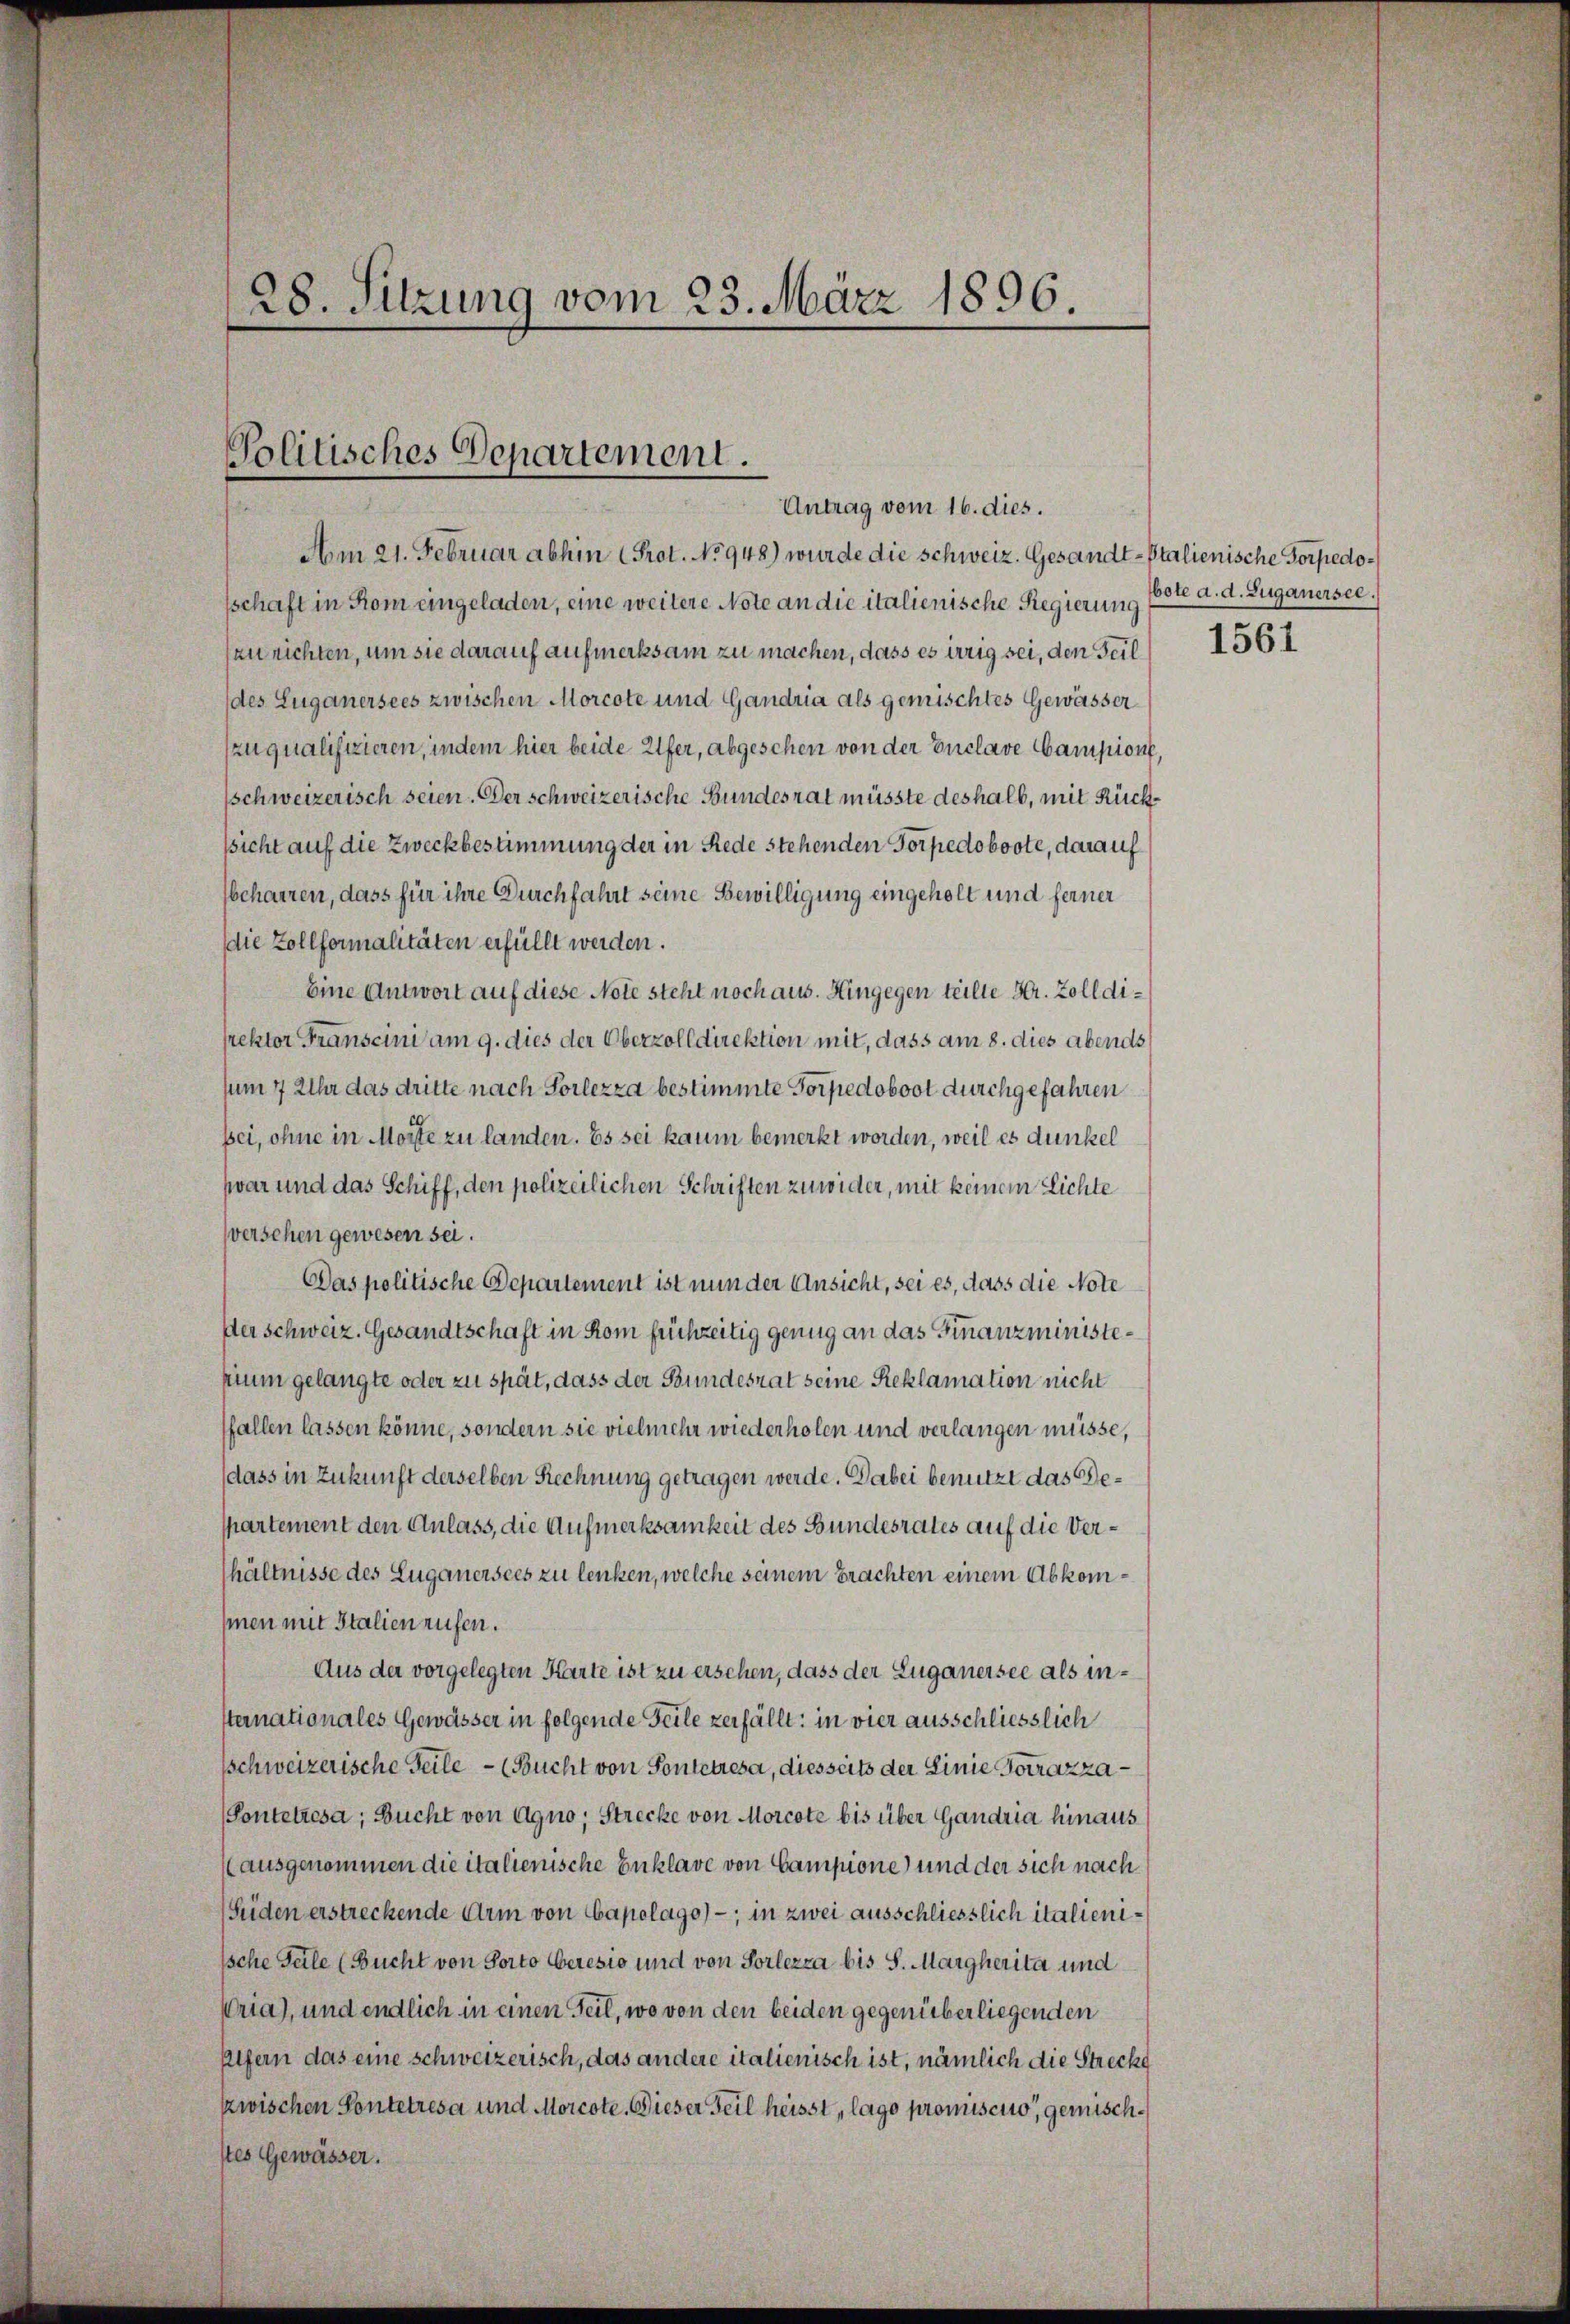
28. Sitzung vom 23. März 1896.

Politisches Departement.
Antrag vom 16. dies.

Am 21. Februar abhin (Prot. No 948) wurde die Schweiz. Gesandt-Italienische Torpedosschaft in Rom eingeladen, eine weitere Note an die italienische Regierung
an richten, um sie darauf aufmerksam zu machen, dass es irrig sei, den Teil
(des Luganersees zwischen Morcote und Gandria als gemischtes Gewässer
zuqualifizieren, indem hier beide Alfer, abgeschen von der Enclave Campione,
schweizerisch seien. Der schweizerische Bundesrat müsste deshalb, mit Rückssicht auf die Zweckbestimmung der in Rede stehenden Torpedoboote, darauf
fbeharren, dass für ihre Durchfahrt seine Bewilligung eingeholt und ferner
die Zollformalitäten erfüllt werden.
Eine Antwort auf diese Note steht noch aus. Hingegen teilte Hr. Zolldirektor Franscini am 9. dies der Oberzolldirektion mit, dass am 8. dies abends
sum 7 Uhr das dritte nach Vorlezza bestimmte Torpedoboot durchgefahren
bei, ohne in Morste zu landen. Es sei kaum bemerkt worden, weil es dunkel
zwar und das Schiff, den polizeilichen Schriften zuwider, mit keinem Lichte
sversehen gewesen sei.
Das politische Departement ist nun der Ansicht, sei es, dass die Note
ser Schweiz. Gesandtschaft in Rom fuchzeitig genug an das Finanzministepium gelangte oder zu spät, dass der Bundesrat seine Reklamation nicht
fallen lassen könne, sondern sie vielmehr wiederholen und verlangen müsse,
dass in Zukunft derselben Rechnung getragen werde. Dabei benutzt das Despartement den Anlass, die Aufmerksamkeit des Bundesrates auf die Vershältnisse des Luganersees zu lenken, welche seinem brachten einem Abkomhmen mit Italien rufen.
Aus der vorgelegten Karte ist zu erschen, dass der Luganersee als insternationales Gewässer in folgende Feile zerfällt: in vier ausschliesslich
schweizerische Teile (Bucht von Pontetresa, diesseits der Linie Totrazza¬
(Pontetzesa; Bucht von Agno; Strecke von Morcote bis über Gandria hinaus
(ausgenommen die italienische Enklare von Campione und der sich nach
(Süden erstreckende Arm von Capolago) -; in zwei ausschliesslich italieni¬
Ische Teile (Bucht von Porto Ceresio und von Sorlezza bis S. Margherita und
Uria), und endlich in einen Teil, wo von den beiden gegenüberliegenden
Alfern das eine schweizerisch, das andere italienisch ist, nämlich die Strecke
zwischen Pontetresa und Morcote. Dieser Teil heisst, lage promiscito, gemischstes Gewässer.

bote a. d. Zuganersee.

1561